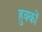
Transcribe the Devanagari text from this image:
हुक्‍कों